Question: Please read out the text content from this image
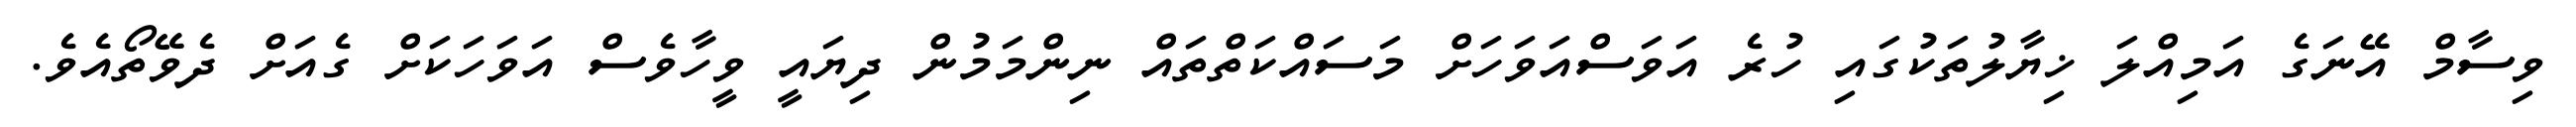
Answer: ވިސާމް އޭނަގެ އަމިއްލަ ޚިޔާލުތަކުގައި ހުރެ އަވަސްއަވަހަށް މަސައްކަތްތައް ނިންމަމުން ދިޔައީ ވީހާވެސް އަވަހަކަށް ގެއަށް ދެވޭތޯއެވެ.